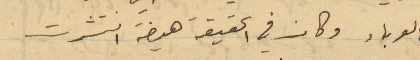
الوباء وكان في الحقيقة هيضة انتشرت